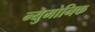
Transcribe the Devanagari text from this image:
न्युमोनिक